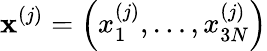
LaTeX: \mathbf{x}^{(j)}=\left(x_{1}^{(j)},\dots,x_{3N}^{(j)}\right)